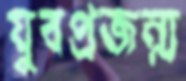
যুবপ্রজন্ম